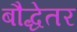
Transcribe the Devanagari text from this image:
बौद्धेतर